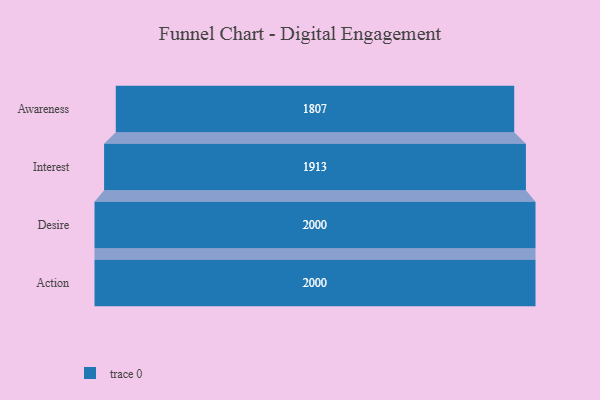
{"axis": {"x": "Stage", "y": "Value"}, "legend": [""], "data": [{"x": "Awareness", "y": 1807.0, "type": ""}, {"x": "Interest", "y": 1913.0, "type": ""}, {"x": "Desire", "y": 2000, "type": ""}, {"x": "Action", "y": 2000, "type": ""}]}